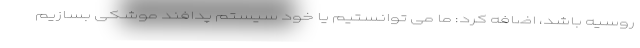
روسیه باشد، اضافه کرد: ما می توانستیم یا خود سیستم پدافند موشکی بسازیم